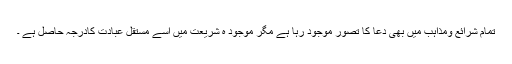
تمام شرائع ومذاہب میں بھی دعا کا تصور موجود رہا ہے مگر موجود ہ شریعت میں اسے مستقل عبادت کادرجہ حاصل ہے ۔